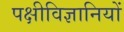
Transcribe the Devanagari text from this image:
पक्षीविज्ञानियों